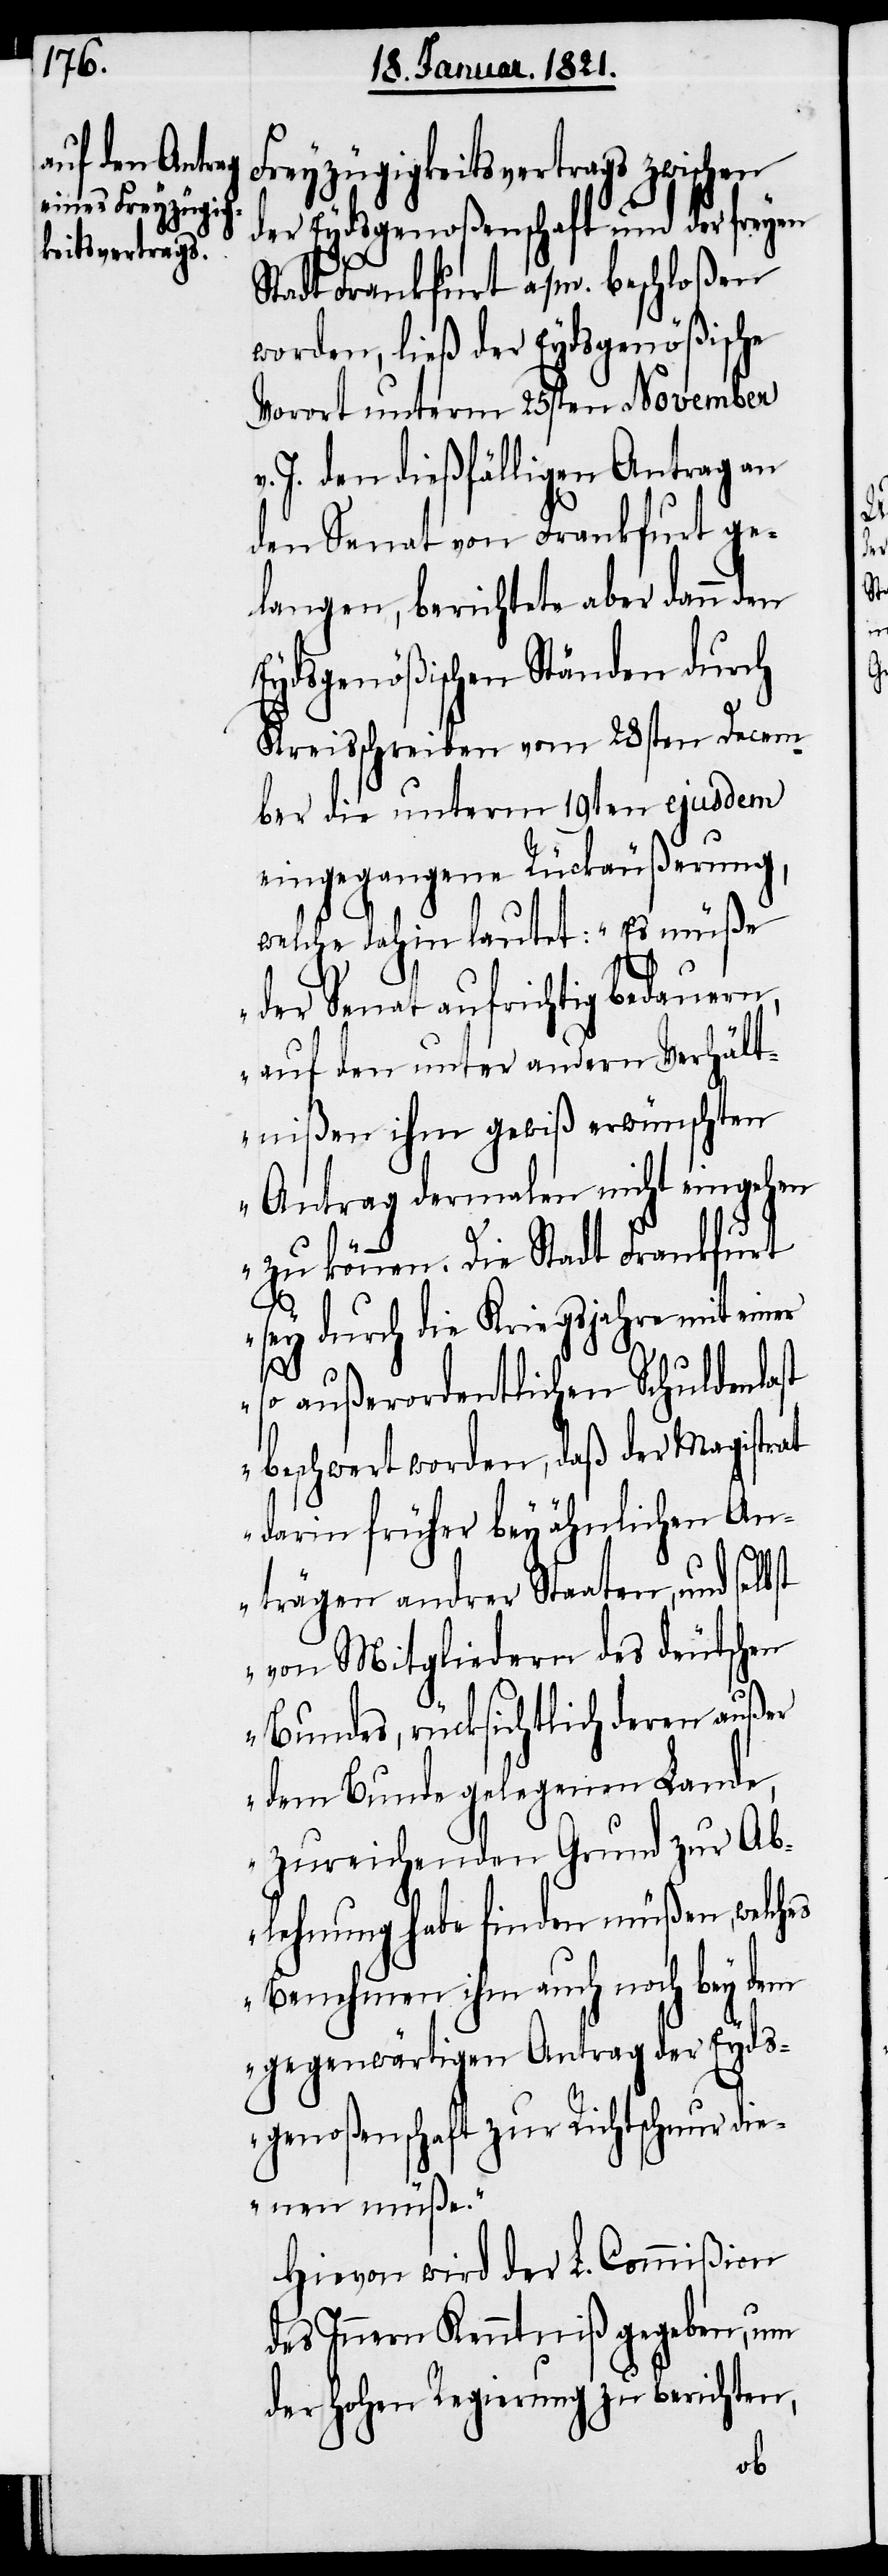
Freyzügigkeitsvertrags zwischen
der Eydsgenoßenschaft und der freyen
Stadt Frankfurt a/m. beschloßen
worden, ließ der Eydsgenößische
Vorort unterm 25sten November
J. den dießfälligen Antrag an
den Senat von Frankfurt ge¬
langen, berichtete aber dann den
Eydsgenößischen Ständen durch
Kreisschreiben vom 28sten Decem¬
ber die unterm 19ten ejusdem
eingegangene Rückäußerung,
welche dahin lautet: „Es müße
der Senat aufrichtig bedauern,
auf den unter andern Verhält¬
nißen ihm gewiß erwünschten
Antrag dermalen nicht eingehen
zu können. Die Stadt Frankfurt
sey durch die Kriegsjahre mit einer
st
so außerordentlichen Schuldenlast
beschwert worden, daß der Magistrat
darin früher bey ähnlichen An¬
trägen andrer Staaten, und selb¬
von Mitgliedern des deutschen
Bundes, rücksichtlich deren außer
dem Bunde gelegenen Lande,
zureichenden Grund zur Ab¬
lehnung habe finden müßen, welches
Benehmen ihm auch noch bey dem
gegenwärtigen Antrag der Eyds¬
genoßenschaft zur Richtschnur di¬
enen müße.“
Hiervon wird der L. Commißion
des Innern Kenntniß gegeben, um
der hohen Regierung zu berichten,